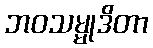
ဘဝသမ္မုဒိတာ